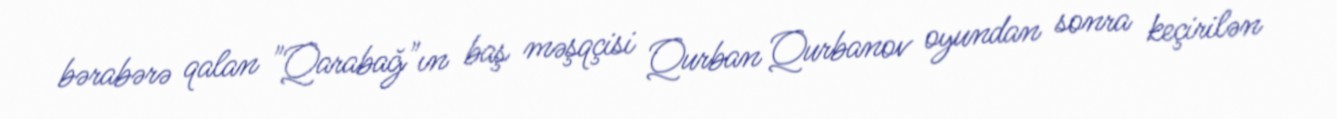
bərabərə qalan "Qarabağ"ın baş məşqçisi Qurban Qurbanov oyundan sonra keçirilən